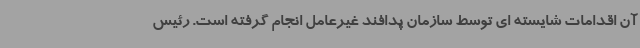
آن اقدامات شایسته ای توسط سازمان پدافند غیرعامل انجام گرفته است. رئیس